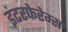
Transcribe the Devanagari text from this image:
इंटरफेरेम्स